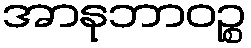
အာနုဘာဝဉ္စ